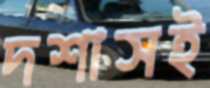
দশাসই